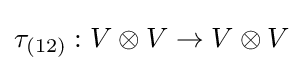
\tau _{(12)}:V\otimes V\rightarrow V\otimes V